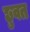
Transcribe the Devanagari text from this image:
छुवत